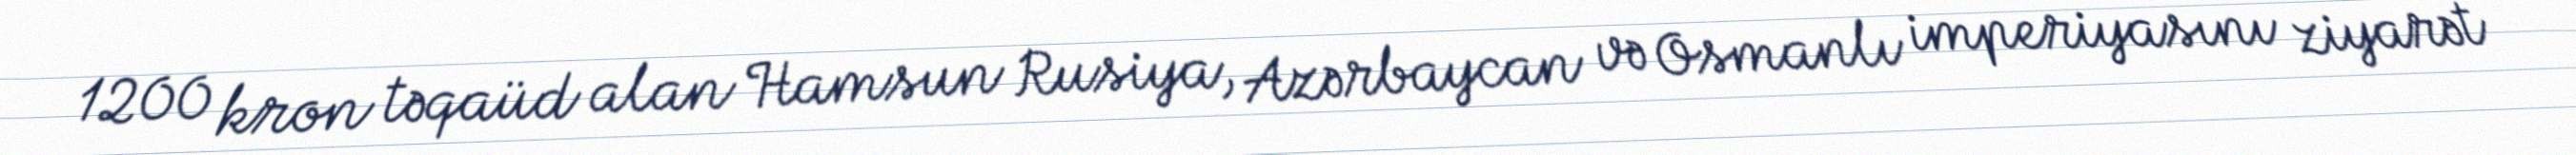
1200 kron təqaüd alan Hamsun Rusiya, Azərbaycan və Osmanlı imperiyasını ziyarət